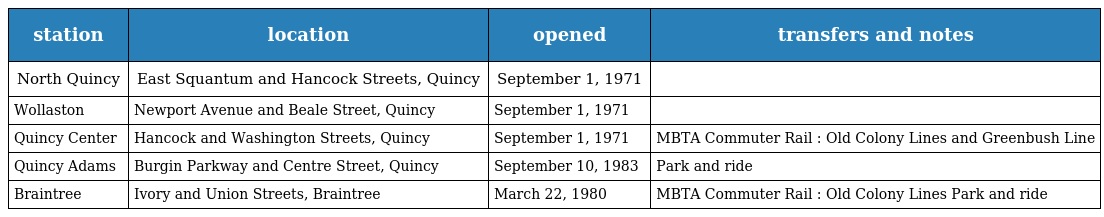
| station | location | opened | transfers and notes |
 | --- | --- | --- | --- |
 | North Quincy | East Squantum and Hancock Streets, Quincy | September 1, 1971 |  |
 | Wollaston | Newport Avenue and Beale Street, Quincy | September 1, 1971 |  |
 | Quincy Center | Hancock and Washington Streets, Quincy | September 1, 1971 | MBTA Commuter Rail : Old Colony Lines and Greenbush Line |
 | Quincy Adams | Burgin Parkway and Centre Street, Quincy | September 10, 1983 | Park and ride |
 | Braintree | Ivory and Union Streets, Braintree | March 22, 1980 | MBTA Commuter Rail : Old Colony Lines Park and ride |